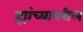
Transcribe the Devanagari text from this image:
ह्यांच्यावरील